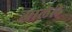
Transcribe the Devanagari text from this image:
अालेले